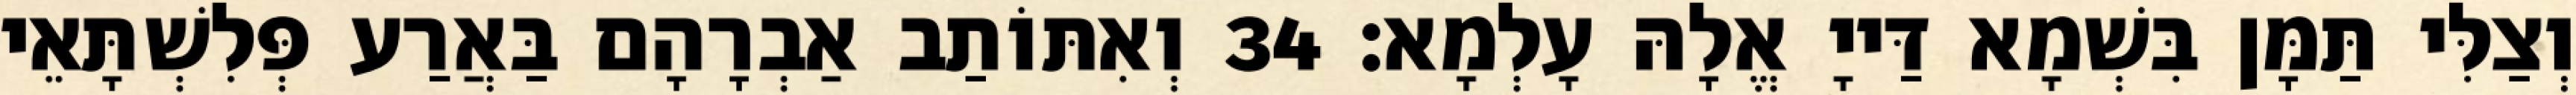
וְצַלִּי תַּמָּן בִּשְׁמָא דַּייָ אֱלָהּ עָלְמָא׃ 34 וְאִתּוֹתַב אַבְרָהָם בַּאֲרַע פְּלִשְׁתָּאֵי